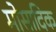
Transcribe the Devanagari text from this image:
मोसादिक